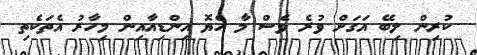
ކުރިން ލިބޭ އަގަށް ވުރެ ވެސް މާ ހެޔޮ އިންޑިއާއިން މިހާރު އެތަކެތި